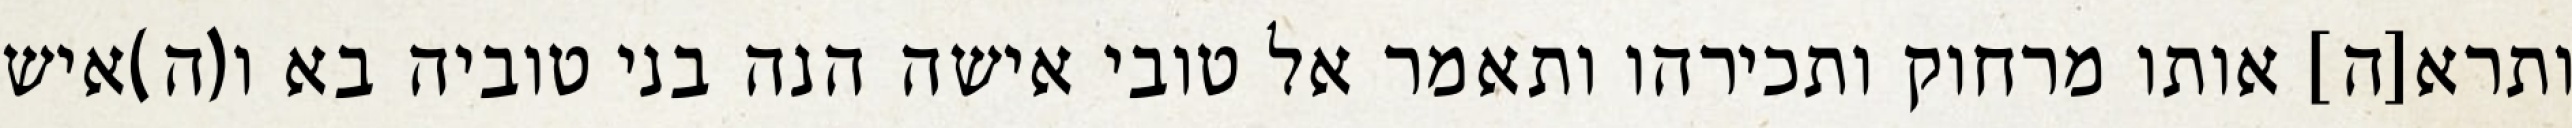
ותרא[ה] אותו מרחוק ותכירהו ותאמר אל טובי אישה הנה בני טוביה בא ו(ה)איש